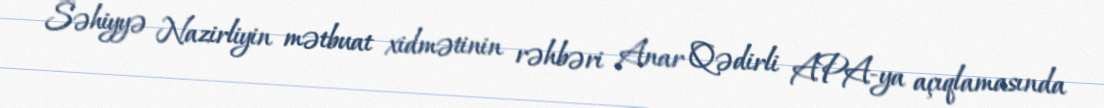
Səhiyyə Nazirliyin mətbuat xidmətinin rəhbəri Anar Qədirli APA-ya açıqlamasında